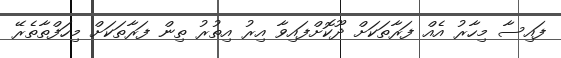
ފައިސާ މިހާރު އެއް ފަރާތަކަށް ދޫކޮށްފައިވާ އިރު އިތުރު ތިން ފަރާތަކަށް މިހަފްތާތެރޭ